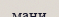
мани